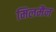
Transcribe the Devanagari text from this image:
मिलमैन